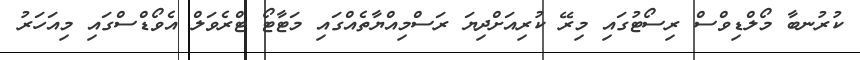
ކުރުނބާ މޯލްޑިވްސް ރިސޯޓުގައި މިރޭ ކުރިއަށްދިޔަ ރަސްމިއްޔާތެއްގައި މަޓާޓޯ ޓްރެވަލް އެވޯޑްސްގައި މިއަހަރު